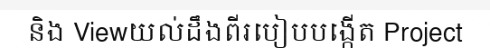
និង Viewយល់ដឹងពីរបៀបបង្កើត Project